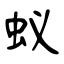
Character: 蚁